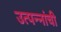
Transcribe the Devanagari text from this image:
उत्पन्नांची